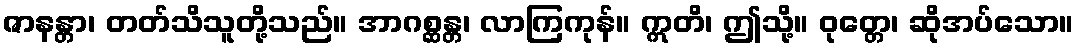
ဇာနန္တာ၊ တတ်သိသူတို့သည်။ အာဂစ္ဆန္တ၊ လာကြကုန်။ ဣတိ၊ ဤသို့။ ဝုတ္တေ၊ ဆိုအပ်သော။